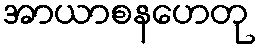
အာယာစနဟေတု